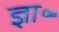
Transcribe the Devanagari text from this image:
ज्ञा॰